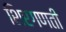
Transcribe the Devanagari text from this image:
शिरगणती